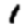
Digit: 1